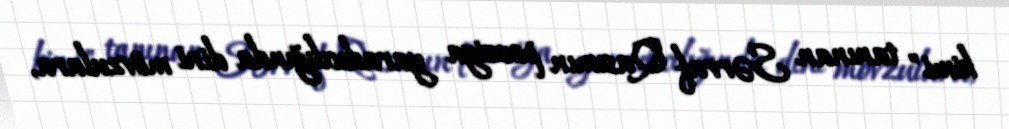
kimi" tanınan Sərraf Qasımın poeziya yaradıcılığında dini mövzulara,